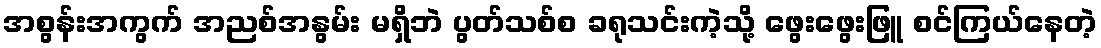
အစွန်းအကွက် အညစ်အနွမ်း မရှိဘဲ ပွတ်သစ်စ ခရုသင်းကဲ့သို့ ဖွေးဖွေးဖြူ စင်ကြယ်နေတဲ့